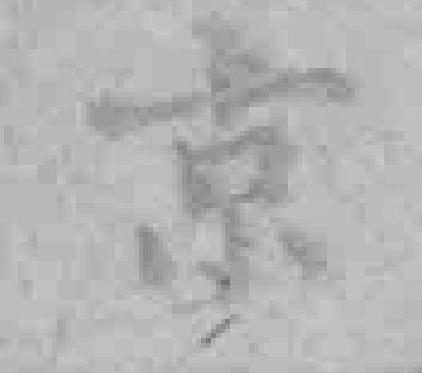
京